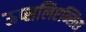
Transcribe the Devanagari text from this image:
ऊप्सलिएन्सिस